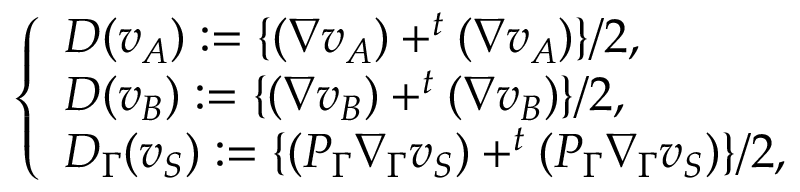
\left\{ \begin{array} { l l } { D ( v _ { A } ) : = \{ ( \nabla v _ { A } ) + ^ { t } ( \nabla v _ { A } ) \} / 2 , } \\ { D ( v _ { B } ) : = \{ ( \nabla v _ { B } ) + ^ { t } ( \nabla v _ { B } ) \} / 2 , } \\ { D _ { \Gamma } ( v _ { S } ) : = \{ ( P _ { \Gamma } \nabla _ { \Gamma } v _ { S } ) + ^ { t } ( P _ { \Gamma } \nabla _ { \Gamma } v _ { S } ) \} / 2 , } \end{array} \right.